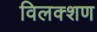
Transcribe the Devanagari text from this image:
विलक्शण